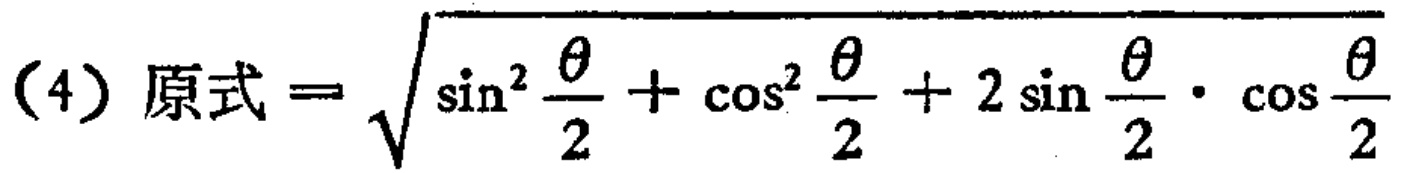
（4）原式$=\sqrt{\sin^{2}\frac{\theta}{2}+\cos^{2}\frac{\theta}{2}+2\sin\frac{\theta}{2}\cdot\cos\frac{\theta}{2}}$